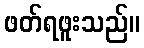
ဖတ်ရဖူးသည်။